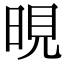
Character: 晛